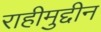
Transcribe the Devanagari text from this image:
राहीमुद्दीन